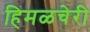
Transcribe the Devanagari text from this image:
हिमळचेरी